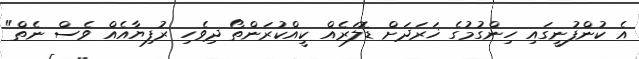
އެ ކުންފުނީގައި ހިންގުމުގެ ޚަރަދަށް ޑޮލަރެއް ކީއްކުރަންތޯ ދިވެހި ރުފިޔާއެއް ވެސް ނެތް"